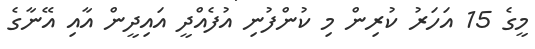
މީގެ 15 އަހަރު ކުރިން މި ކުންފުނި އުފެއްދީ އައިދީން އާއި އޭނާގެ